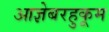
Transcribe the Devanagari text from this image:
आज्ञेबरहुकूम